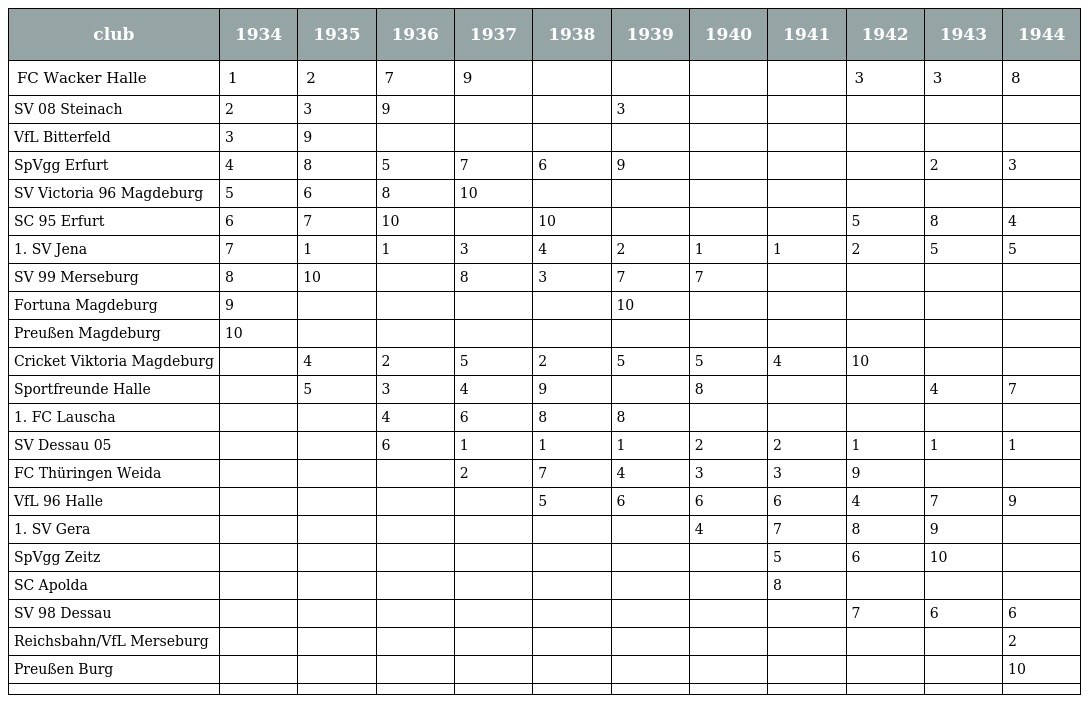
| club | 1934 | 1935 | 1936 | 1937 | 1938 | 1939 | 1940 | 1941 | 1942 | 1943 | 1944 |
 | --- | --- | --- | --- | --- | --- | --- | --- | --- | --- | --- | --- |
 | FC Wacker Halle | 1 | 2 | 7 | 9 |  |  |  |  | 3 | 3 | 8 |
 | SV 08 Steinach | 2 | 3 | 9 |  |  | 3 |  |  |  |  |  |
 | VfL Bitterfeld | 3 | 9 |  |  |  |  |  |  |  |  |  |
 | SpVgg Erfurt | 4 | 8 | 5 | 7 | 6 | 9 |  |  |  | 2 | 3 |
 | SV Victoria 96 Magdeburg | 5 | 6 | 8 | 10 |  |  |  |  |  |  |  |
 | SC 95 Erfurt | 6 | 7 | 10 |  | 10 |  |  |  | 5 | 8 | 4 |
 | 1. SV Jena | 7 | 1 | 1 | 3 | 4 | 2 | 1 | 1 | 2 | 5 | 5 |
 | SV 99 Merseburg | 8 | 10 |  | 8 | 3 | 7 | 7 |  |  |  |  |
 | Fortuna Magdeburg | 9 |  |  |  |  | 10 |  |  |  |  |  |
 | Preußen Magdeburg | 10 |  |  |  |  |  |  |  |  |  |  |
 | Cricket Viktoria Magdeburg |  | 4 | 2 | 5 | 2 | 5 | 5 | 4 | 10 |  |  |
 | Sportfreunde Halle |  | 5 | 3 | 4 | 9 |  | 8 |  |  | 4 | 7 |
 | 1. FC Lauscha |  |  | 4 | 6 | 8 | 8 |  |  |  |  |  |
 | SV Dessau 05 |  |  | 6 | 1 | 1 | 1 | 2 | 2 | 1 | 1 | 1 |
 | FC Thüringen Weida |  |  |  | 2 | 7 | 4 | 3 | 3 | 9 |  |  |
 | VfL 96 Halle |  |  |  |  | 5 | 6 | 6 | 6 | 4 | 7 | 9 |
 | 1. SV Gera |  |  |  |  |  |  | 4 | 7 | 8 | 9 |  |
 | SpVgg Zeitz |  |  |  |  |  |  |  | 5 | 6 | 10 |  |
 | SC Apolda |  |  |  |  |  |  |  | 8 |  |  |  |
 | SV 98 Dessau |  |  |  |  |  |  |  |  | 7 | 6 | 6 |
 | Reichsbahn/VfL Merseburg |  |  |  |  |  |  |  |  |  |  | 2 |
 | Preußen Burg |  |  |  |  |  |  |  |  |  |  | 10 |
 |  |  |  |  |  |  |  |  |  |  |  |  |